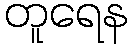
တူရေန